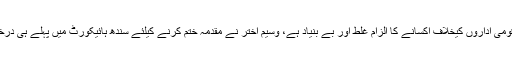
دوسری جانب نامزد میئر کراچی نے موقف اختیار کیا ہے کہ قومی اداروں کیخلاف اکسانے کا الزام غلط اور بے بنیاد ہے، وسیم اختر نے مقدمہ ختم کرنے کیلئے سندھ ہائیکورٹ میں پہلے ہی درخواست دائر کررکھی ہے، جسکی سماعت انیس جنوری کو ہے۔